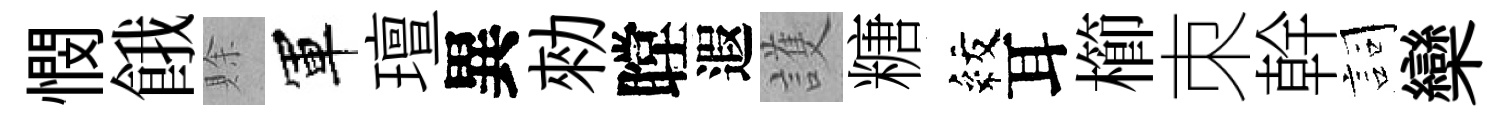
憫餓賖軍璮異勑瞠遐護糖紋耳櫛朿幹詞欒